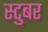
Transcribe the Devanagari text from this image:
स्टुबर